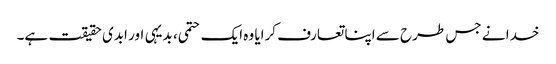
خدا نے جس طرح سے اپنا تعارف کرایا وہ ایک حتمی، بدیہی اور ابدی حقیقت ہے۔